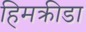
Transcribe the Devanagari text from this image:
हिमक्रीडा